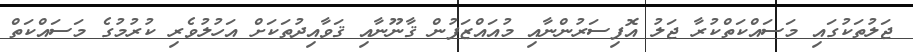
ޖަލުތަކުގައި މަސައްކަތްކުރާ ޖަލު އޮފިސަރުންނާއި މުއައްޒަފުން ޤާނޫނާއި ޤަވާއިދުތަކަށް އަހުލުވެރި ކުރުމުގެ މަސައްކަތް